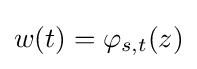
w(t)=\varphi _{s,t}(z)